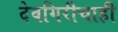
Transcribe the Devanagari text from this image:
देवगिरीचाही